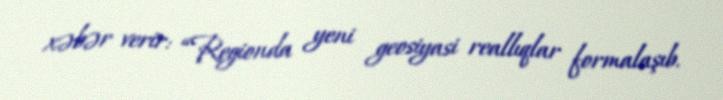
xəbər verir: “Regionda yeni geosiyasi reallıqlar formalaşıb.